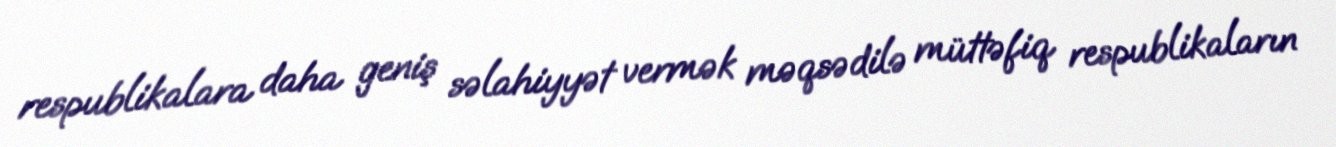
respublikalara daha geniş səlahiyyət vermək məqsədilə müttəfiq respublikaların